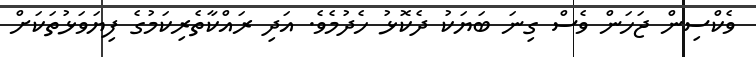
ވެކްސިން ޖަހަން ވެސް ގިނަ ބަޔަކު ދެކޮޅު ހެދުމެވެ. އަދި ރައްކާތެރިކަމުގެ ފިޔަވަޅުތަކަށް